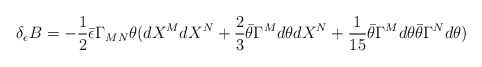
\begin{align*}\delta_\epsilon B = -{1\over 2} \bar\epsilon \Gamma_{MN} \theta (dX^M dX^N +{2\over 3} \bar\theta \Gamma^M d\theta dX^N + {1\over 15} \bar\theta \Gamma^Md\theta \bar\theta \Gamma^N d\theta)\end{align*}